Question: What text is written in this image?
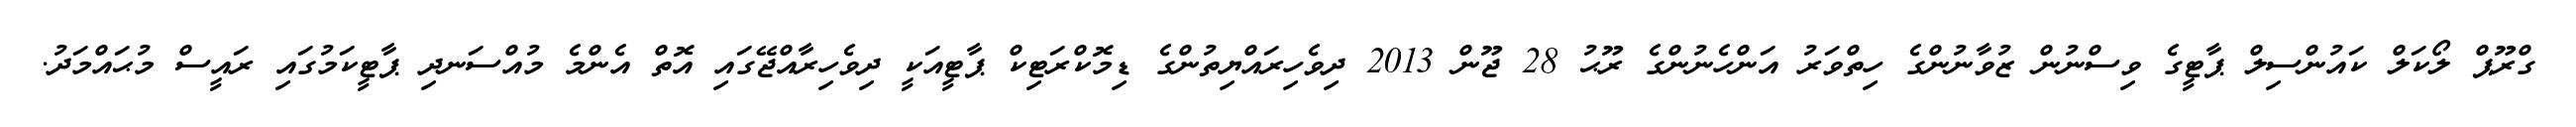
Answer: ގްރޫޕް ލޯކަލް ކައުންސިލް ޕާޓީގެ ވިސްނުން ޒުވާނުންގެ ހިތްވަރު އަންހެނުންގެ ރޫޙު 28 ޖޫން 2013 ދިވެހިރައްޔިތުންގެ ޑިމޮކްރަޓިކް ޕާޓީއަކީ ދިވެހިރާއްޖޭގައި އޮތް އެންމެ މުއްސަނދި ޕާޓީކަމުގައި ރައީސް މުޙައްމަދު.